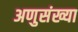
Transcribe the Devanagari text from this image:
अणुसंख्या